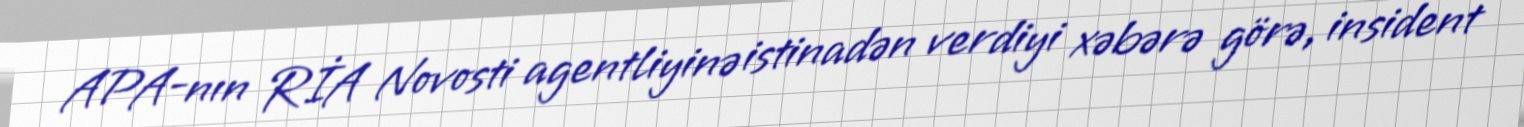
APA-nın RİA Novosti agentliyinə istinadən verdiyi xəbərə görə, insident